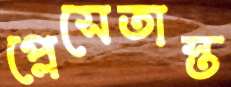
প্লেসেতাস্ত